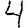
Digit: 4